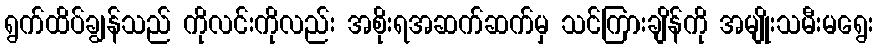
ရွက်ထိပ်ချွန်သည် ကိုလင်းကိုလည်း အစိုးရအဆက်ဆက်မှ သင်ကြားချိန်ကို အမျိုးသမီးမရွေး